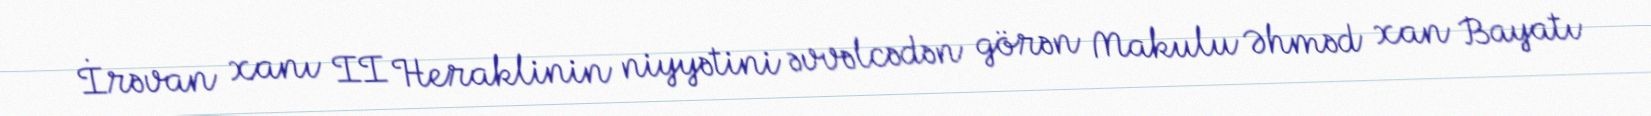
İrəvan xanı II Heraklinin niyyətini əvvəlcədən görən Makulu Əhməd xan Bayatı